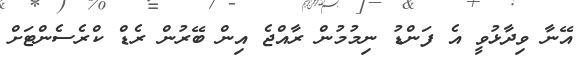
އޭނާ ވިދާޅުވީ އެ ފަންޑު ނިމުމުން ރާއްޖެ އިން ބޭރުން ރެޑް ކްރެސެންޓަށް